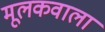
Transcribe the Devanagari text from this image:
मूलकवाला